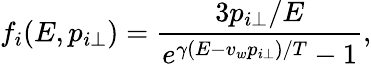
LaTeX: f_{i}(E,p_{i\perp})={\frac{3p_{i\perp}/E}{e^{\gamma(E-v_{w}p_{i\perp})/T}-1}},